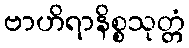
ဗာဟိရာနိစ္စသုတ္တံ